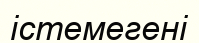
істемегені